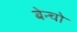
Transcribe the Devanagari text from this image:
बेन्चो